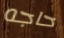
حاجه